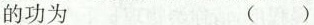
的功为 ( )